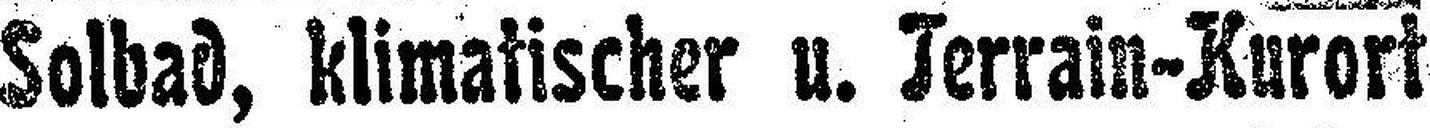
Solbad, klimatischer u. Terrain-Kurort